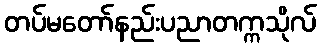
တပ်မတော်နည်းပညာတက္ကသိုလ်